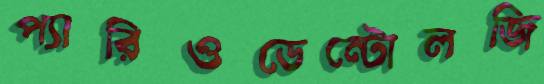
প্যারিওডেন্টোলজি